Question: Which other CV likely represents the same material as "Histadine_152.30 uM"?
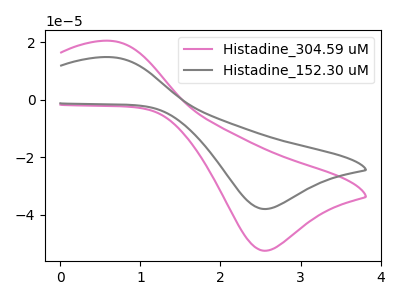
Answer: <think>The pink curve "Histadine_304.59 uM" has an anodic peak at (0.65V, 20.45uA) and a cathodic peak at (2.55V, -52.40uA). The gray curve "Histadine_152.30 uM" has an anodic peak at (0.65V, 14.80uA) and a cathodic peak at (2.55V, -37.90uA).
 All the peaks in "Histadine_304.59 uM" have a peak in "Histadine_152.30 uM" at the same potential. Every peak in "Histadine_304.59 uM" is higher than every peak in "Histadine_152.30 uM".</think>
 <answer>The CV with the most similar shape to "Histadine_304.59 uM" is "Histadine_152.30 uM".</answer>
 <eval>"Histadine_152.30 uM"</eval>